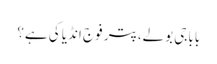
باباجی بولے، پتر فوج انڈیا کی ہے؟